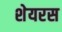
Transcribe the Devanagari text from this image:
शेयरस